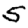
Digit: 5